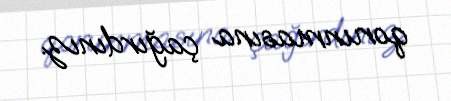
qorunmasına çağırdınız.